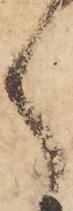
く